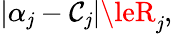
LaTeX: |\alpha_{\mathit{j}}-\mathcal{{C}}_{\mathit{j}}|\leR_{\mathit{j}},